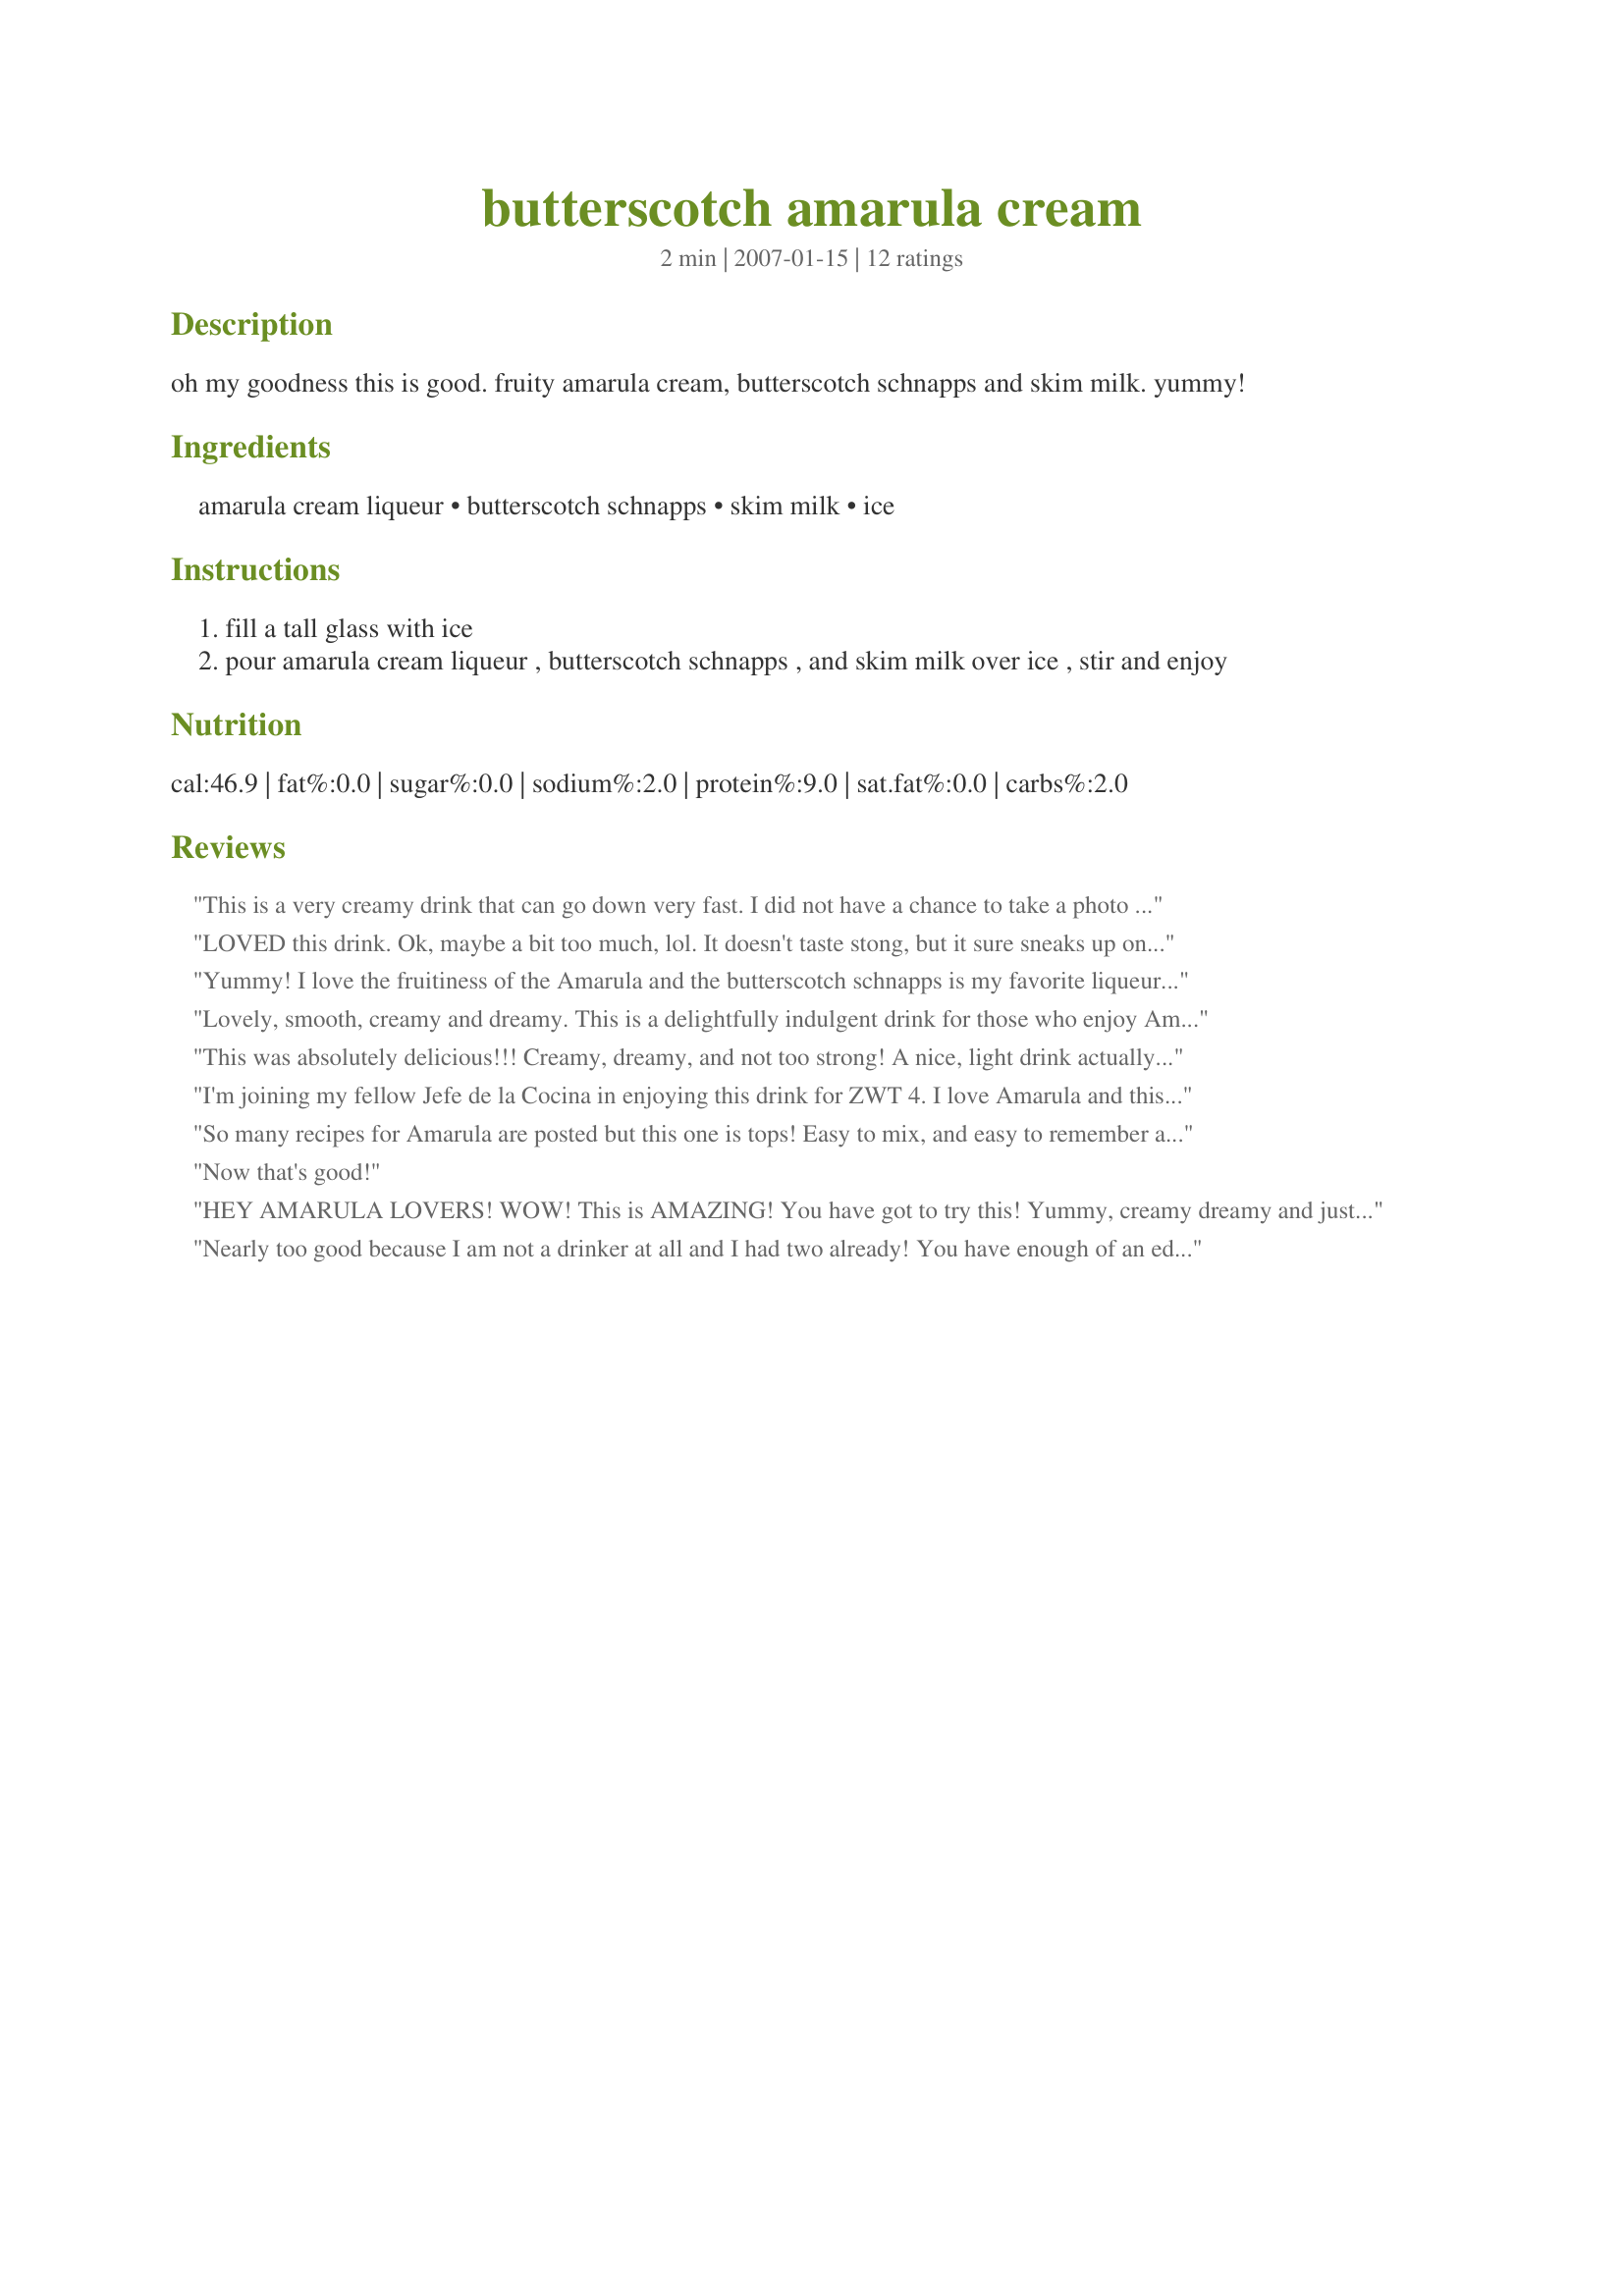
butterscotch amarula cream
Preparation time: 2 minutes

oh my goodness this is good. fruity amarula cream, butterscotch schnapps and skim milk. yummy!

Ingredients:
amarula cream liqueur, butterscotch schnapps, skim milk, ice

Steps:
fill a tall glass with ice
pour amarula cream liqueur , butterscotch schnapps , and skim milk over ice , stir and enjoy

Reviews:
This is a very creamy drink that can go down very fast. I did not have a chance to take a photo since it goes down so fast. I'll make this one for a girls night get together. Thank you for posting. Made in loving memory of Janice
LOVED this drink. Ok, maybe a bit too much, lol. It doesn't taste stong, but it sure sneaks up on you so be very careful indeed ;)
Made for the Tastebud Tickling Travellers, ZWT4
Yummy! I love the fruitiness of the Amarula and the butterscotch schnapps is my favorite liqueur. How could anything go wrong with this drink? Thank you!
Lovely, smooth, creamy and dreamy. This is a delightfully indulgent drink for those who enjoy Amarula and Butterscotch! I topped it with a bit of whipping cream and butterscotch topping for the picture, but totally not needed! Thanks for a nice way to end the day!
This was absolutely delicious!!! Creamy, dreamy, and not too strong! A nice, light drink actually! :) Really loved it!! Thanks so much! Made for the ZWT4
I'm joining my fellow Jefe de la Cocina in enjoying this drink for ZWT 4. I love Amarula and this drink goes down nice and easy. The skim milk really cuts the drink and makes it taste not overly strong, but be careful! Thank you Nick's Mom!
So many recipes for Amarula are posted but this one is tops! Easy to mix, and easy to remember and the taste is perfect. Sweet and creamy, not overpowering. And since it's skim milk, that means I can have another round, right? Thanks for sharing! Made for ZWT4
Now that's good!
HEY AMARULA LOVERS! WOW! This is AMAZING! You have got to try this! Yummy, creamy dreamy and just what I needed after a crazy day! Thanks so much Brenda! You ROCK!
Nearly too good because I am not a drinker at all and I had two already! You have enough of an edge to know you are drinking an adult drink but yet it is so smooth that it is so easy and tasty to drink. I think this is going to be a regular drink for me. Made for Cookbook Tag.
This is yummy! I did half the drink and it was enough for a Monday night lol I added whipped cream and a little bit of butterscotch schnapps on it. Thanks Nick's Mom
Fabulous! Reviewed for ZWT 7.
